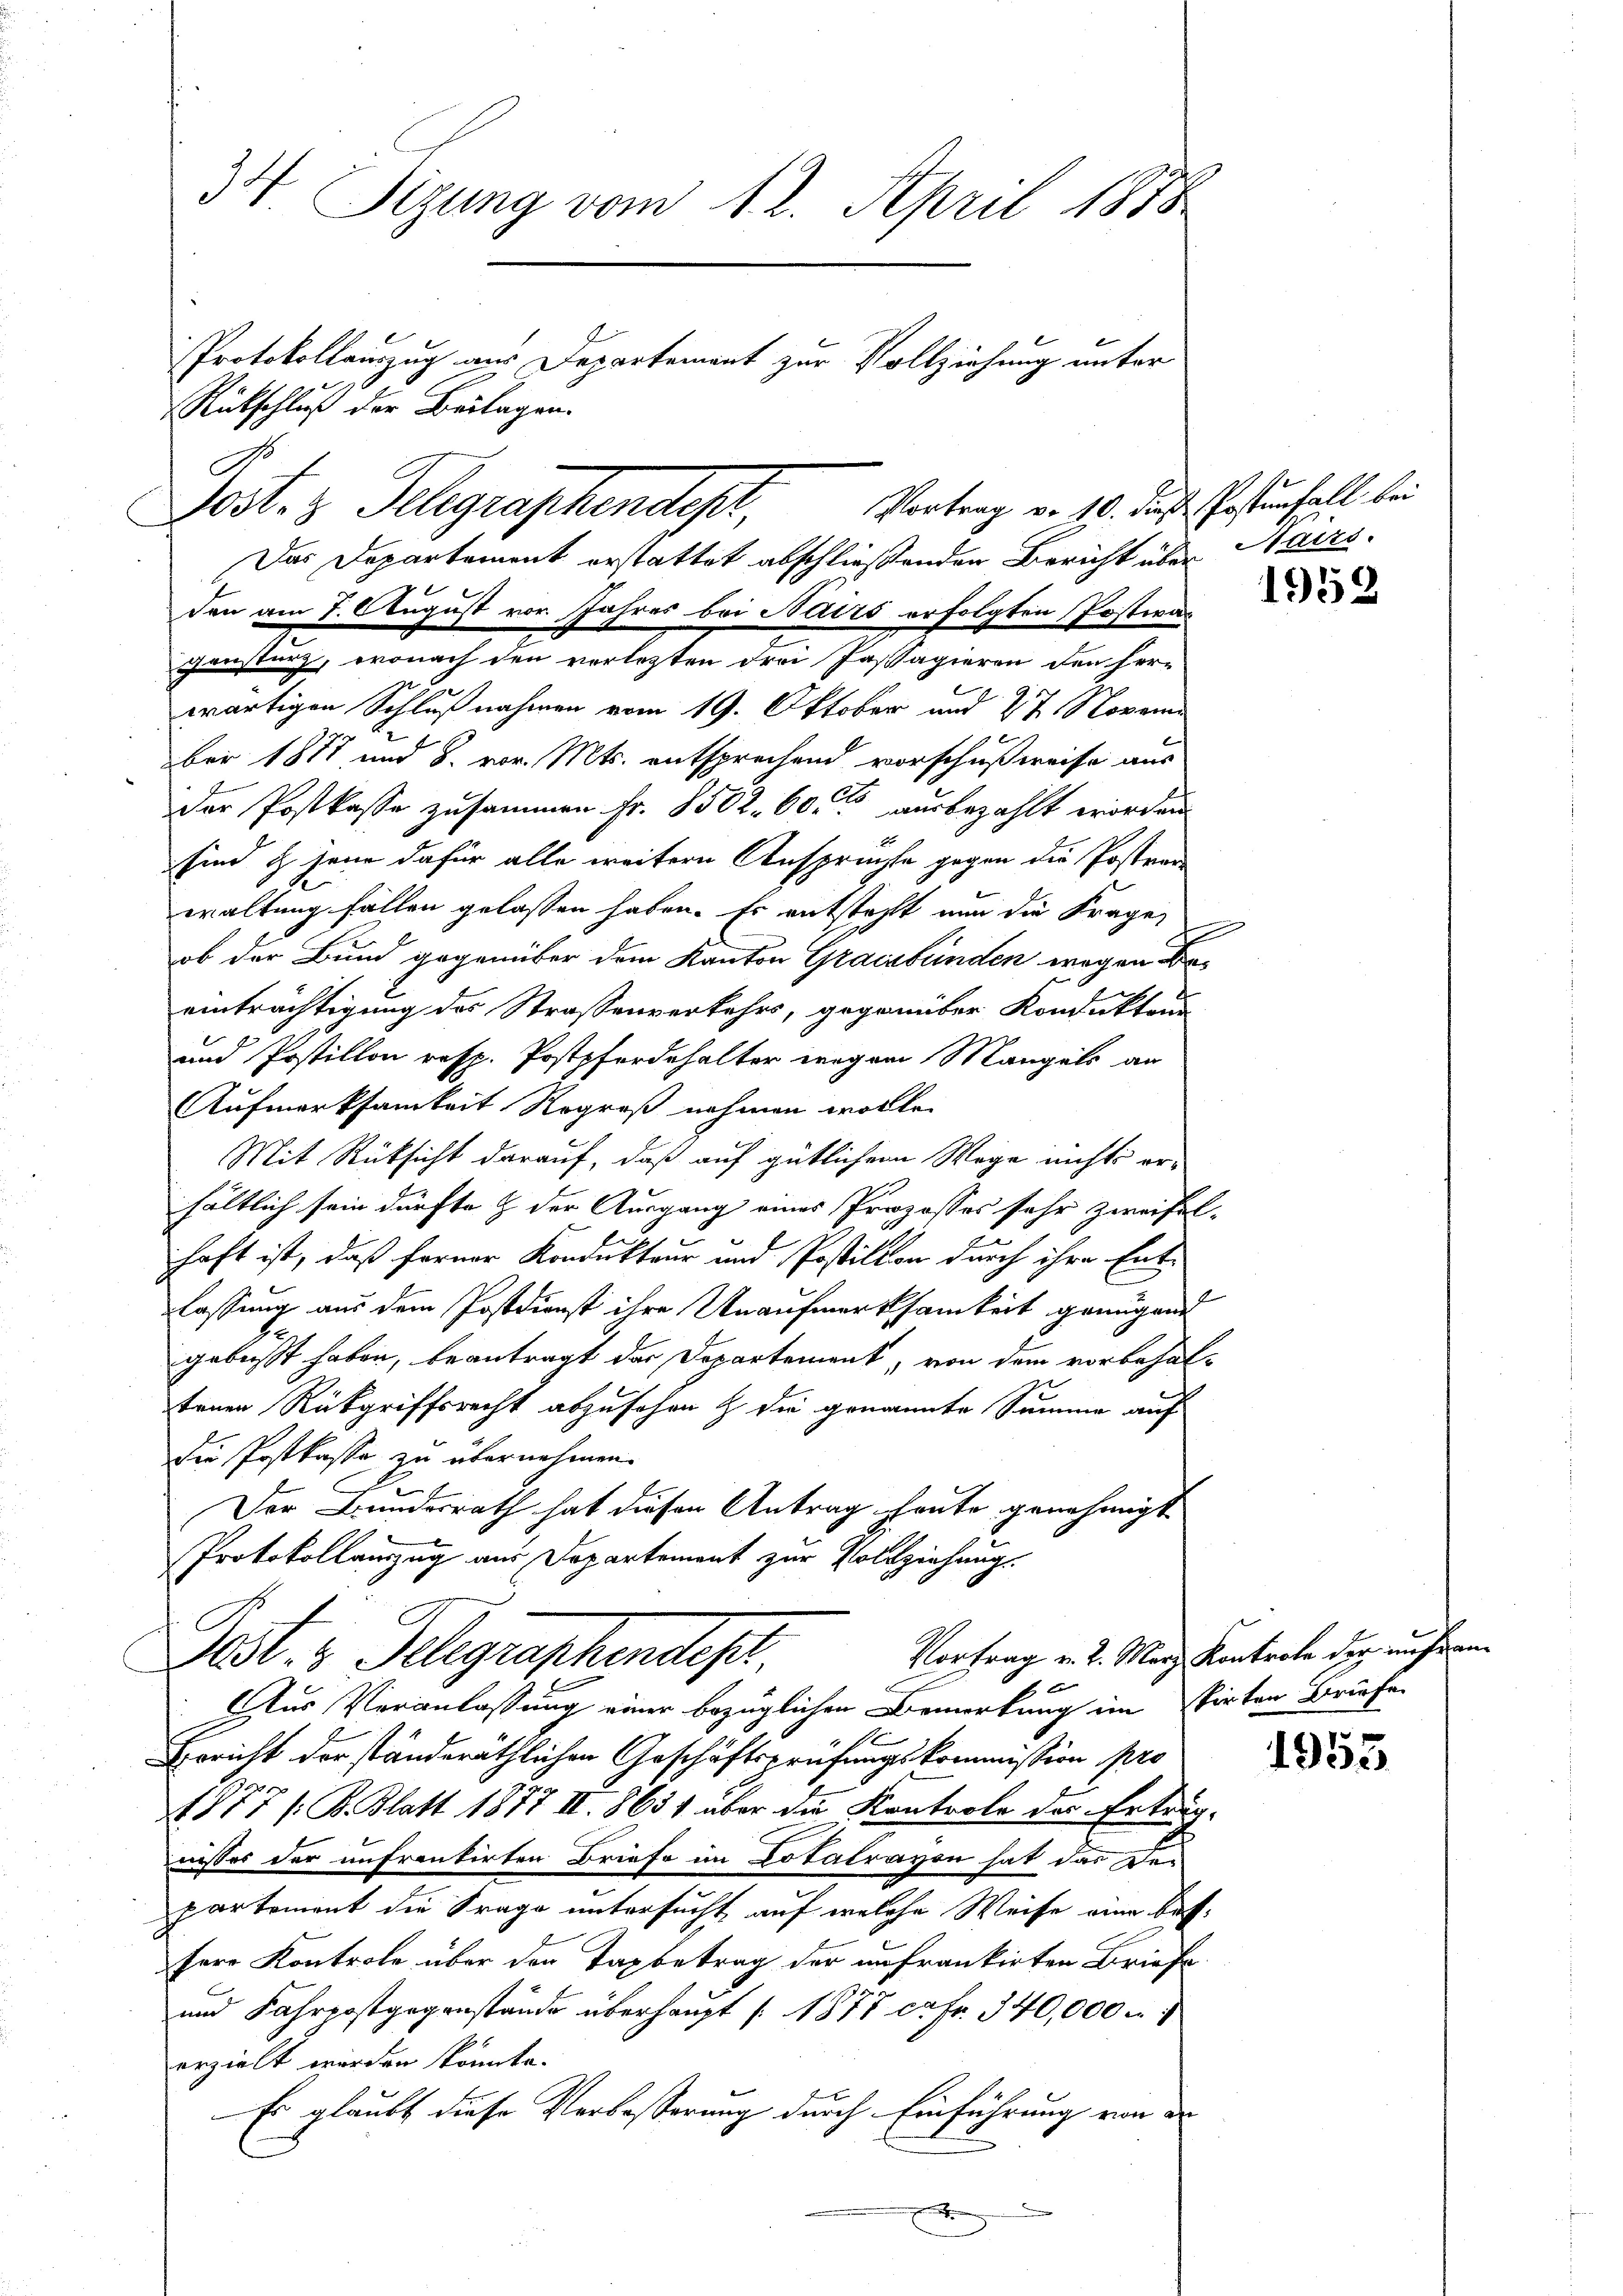
34 Sizung vom 12. April 1878
Protokollauszug aus Departement zur Vollziehung unter
Rückschluß der Beilagen.
Postez Telegraphendest, Vertrag von 10. des Gesterhalt bei

Das Departement erstattet abschließenden Bericht über Harzs

den am 7. August vor Jahres bei Nairs erfolgten Postwar
wärtigen Schlußnahmen vom 19. Oktober und 27. Novem
ber 1887 und 8. vor. Mts. entsprechend vorschußweise aus
der Postkasse zusammen fr. 8502. 60. ausbezahlt worden
sind & jene dafür alle weitern Anspruche gegen die Postern
waltung fallen gelassen haben. Er entstehlt nun die Frage
ob der Bund gegenüber dem Kanton Graubünden wegen
einträchtigung des Strassenverkehrs, gegenüber Konduktens
und Postillon resp. Postpferdehalter wegen Mangels an
Aufmerksamkeit Rogroß nahmen wolle.
Mit Rücksicht darauf, daß auf gütlichen Wege nichts erhältlich sein dürfte & der Ausgang eines Prozesses sehr zweifel-
haft ist, daß ferner Kondukteur und Postition durch ihre Ent-
lassung aus dem Postdienst ihre Unaufmerksamkeit genügend
gebiet haben, beantragt der Departement, von dem vorbehaltenen Rückgriffsrecht abzusehen & die genannte Summe auf
die Postkassa zu übernehmen.
Der Bundesrath hat diesen Antrag heute genehmigt
Protokollauszug aus Departement zur Vollziehung.
Vortrag v. 2. Merz Kontrole der un fran¬
Dest. 3. Telegraphendest
10
Aus Veranlassung einer bezüglichen Bemerkung im stirten Briefe

Bericht der ständeräthlichen Geschäftsprüfungskommission pro
1877 / K. Blatt 1877 II. 8651 über die Kontrole des Ertrag:
aisses der unfrenkirten Briefe im Dotalravon hat das der
partement die Frage untersucht auf welche Weise eine bessere Kontrole über den Taxbetrag der unfrankirten Briefe.
und Fahrpostgegenstände überhaupt (1877 ca Fr. 340,000 n 1
erzielt werden könnte.
Er glaubt diese Verbeßerung durch Einführung von de
x

gensturz, wonach den verletzten drei Jasagieren den her-

1958

1953